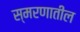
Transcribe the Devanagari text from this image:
स्मरणातील